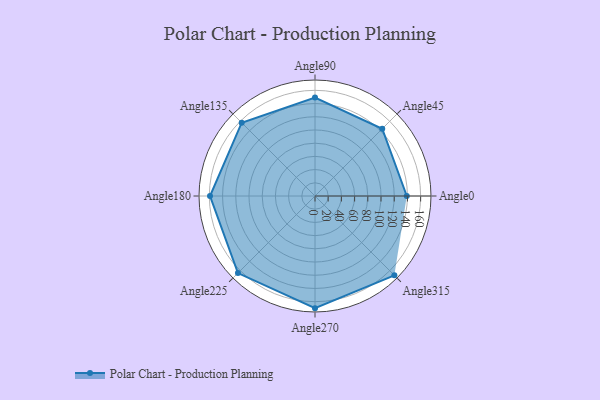
{"axis": {"x": "Angle", "y": "Radius"}, "legend": [""], "data": [{"x": "Angle0", "y": 139.0, "type": ""}, {"x": "Angle45", "y": 144.0, "type": ""}, {"x": "Angle90", "y": 149.0, "type": ""}, {"x": "Angle135", "y": 157.0, "type": ""}, {"x": "Angle180", "y": 159.0, "type": ""}, {"x": "Angle225", "y": 165.0, "type": ""}, {"x": "Angle270", "y": 170, "type": ""}, {"x": "Angle315", "y": 170, "type": ""}]}